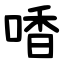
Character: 㗍